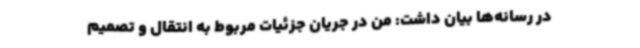
در رسانه‌ها بیان داشت: من در جریان جزئیات مربوط به انتقال و تصمیم